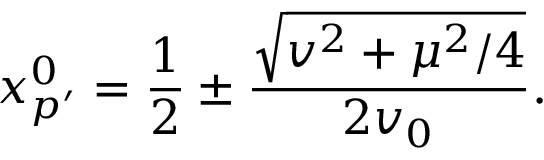
x _ { p ^ { \prime } } ^ { 0 } = \frac { 1 } { 2 } \pm \frac { \sqrt { v ^ { 2 } + \mu ^ { 2 } / 4 } } { 2 v _ { 0 } } .